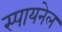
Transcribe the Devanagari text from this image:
स्पायनेल